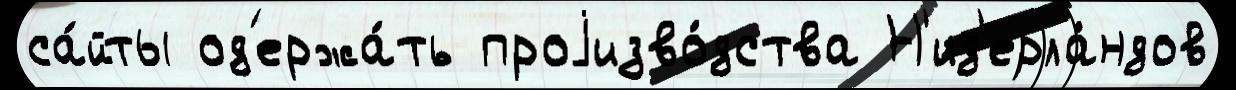
са́йты од'ержа́ть проjизво́дства Н'ид'ерла́ндов